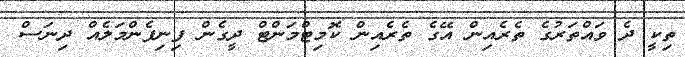
ތިކީ ދެ ވައްތަރުގެ ތެރެއިން އޭގެ ތެރެއިން ކޮމިޓްމަންޓް ދީގެން ފިނިފެންމަލެއް ދިނަސް